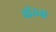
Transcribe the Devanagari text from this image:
वॉय्ना